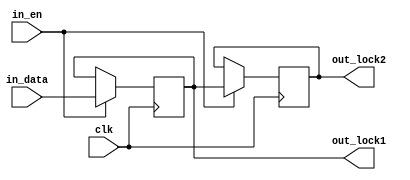
module nblk_asn(clk, in_en, in_data, out_lock2, out_lock1);
	input clk, in_en, in_data;
	output reg out_lock1, out_lock2;
	
	always @ (posedge clk)
		if (in_en) begin
			out_lock1 <= in_data;
			out_lock2 <= out_lock1;
		end else begin
			out_lock1 <= out_lock1;
			out_lock2 <= out_lock2;
		end
endmodule